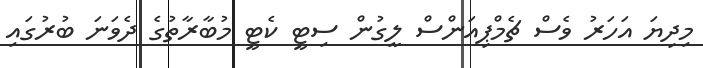
މިދިޔަ އަހަރު ވެސް ޗެމްޕިއަންސް ލީގުން ސިޓީ ކެޓީ މުބާރާތުގެ ދެވަނަ ބުރުގައި